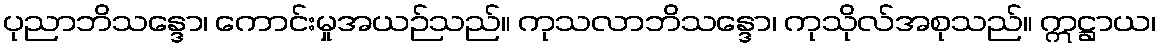
ပုညာဘိသန္ဒော၊ ကောင်းမှုအယဉ်သည်။ ကုသလာဘိသန္ဒော၊ ကုသိုလ်အစုသည်။ ဣဋ္ဌာယ၊